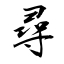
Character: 尋